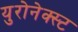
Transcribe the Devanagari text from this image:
युरोनेक्स्ट